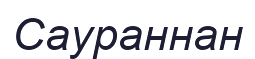
Саураннан